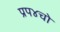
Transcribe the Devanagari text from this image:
प्रप४चो